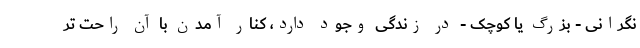
نگرانی - بزرگ یا کوچک - در زندگی وجود دارد، کنار آمدن با آن راحت تر